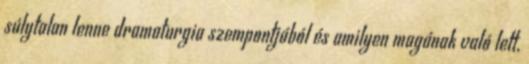
súlytalan lenne dramaturgia szempontjából és amilyen magának való lett,